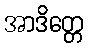
အာဒိတ္တေ